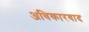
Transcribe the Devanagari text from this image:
अधिकारवाद